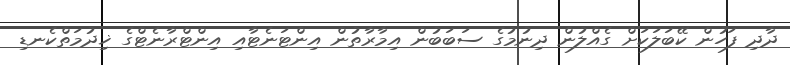
ދާދި ފަހުން ކޭބަލަކަށް ގެއްލުން ދިނުމުގެ ސަބަބުން އިމާރާތުން އިންޓަނެޓާއި އިންޓްރާނެޓްގެ ޚިދުމަތްކެނޑި